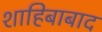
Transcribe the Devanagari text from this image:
शाहिबाबाद